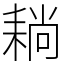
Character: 耥